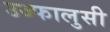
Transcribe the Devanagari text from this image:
उज्फालुसी